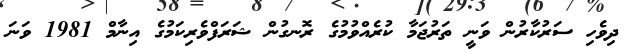
ދިވެހި ސަރުކާރުން ވަނީ ތަރުޖަމާ ކުރެއްވުމުގެ ރޮނގުން ޝަރަފްވެރިކަމުގެ އިނާމް 1981 ވަނަ